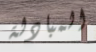
المبادلة